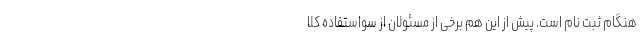
هنگام ثبت نام است. پیش از این هم برخی از مسئولان از سواستفاده کلا